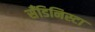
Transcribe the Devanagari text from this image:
सँडिनिस्टा